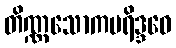
တိဏ္ဏသောကပရိဒ္ဒဝေ